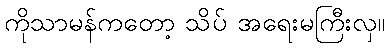
ကိုသာမန်ကတော့ သိပ် အရေးမကြီးလှ။